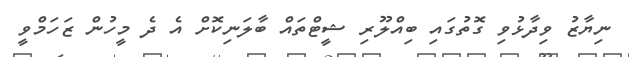
ނިޔާޒު ވިދާޅުވި ގޮތުގައި ބިއްލޫރި ޝީޓްތައް ބާލަނިކޮށް އެ ދެ މީހުން ޒަހަމްވީ